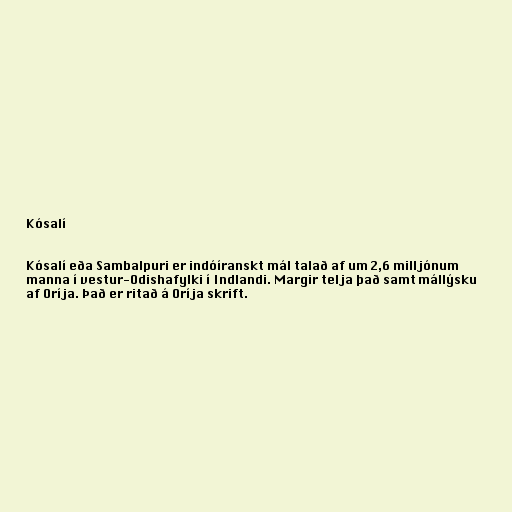
Kósalí

Kósalí eða Sambalpuri er indóíranskt mál talað af um 2,6 milljónum
manna í vestur-Odishafylki í Indlandi. Margir telja það samt mállýsku
af Oríja. Það er ritað á Oríja skrift.